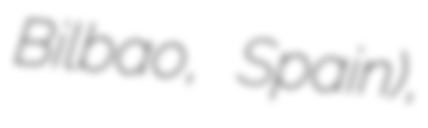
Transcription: Bilbao, Spain),